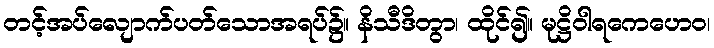
တင့်အပ်လျောက်ပတ်သောအရပ်၌။ နိသီဒိတွာ၊ ထိုင်၍။ မုဋ္ဌိဝါရကေဟေဝ၊